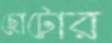
ছোটোর